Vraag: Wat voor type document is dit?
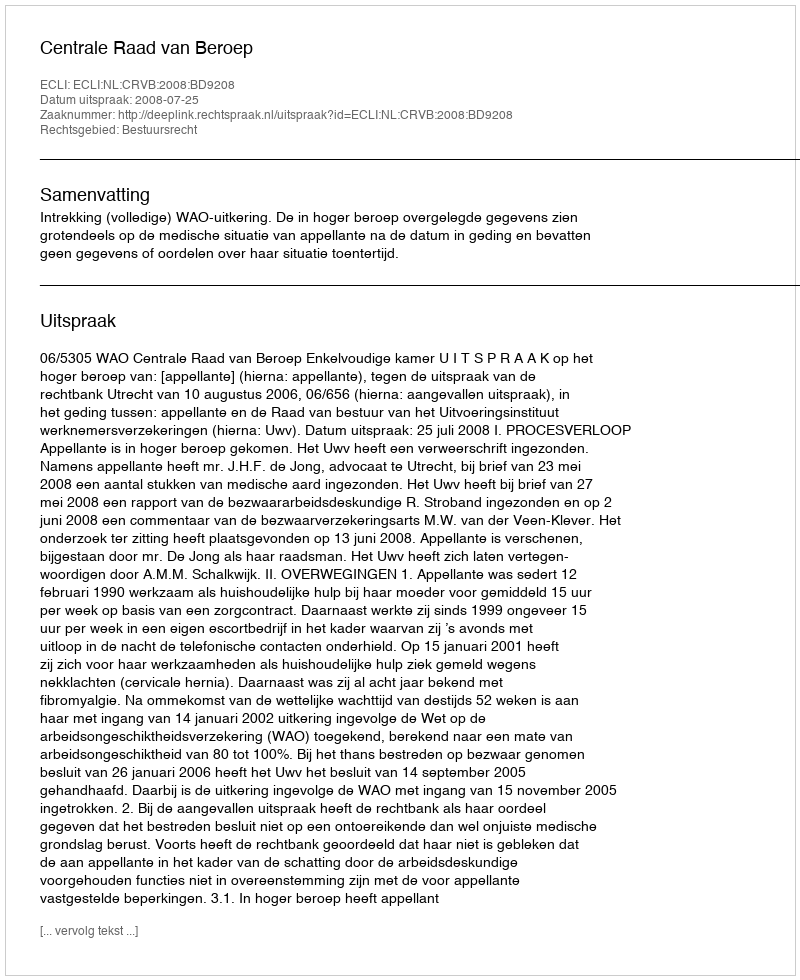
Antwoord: Uitspraak